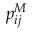
p _ { i j } ^ { M }